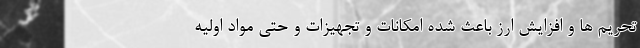
تحریم ها و افزایش ارز باعث شده امکانات و تجهیزات و حتی مواد اولیه